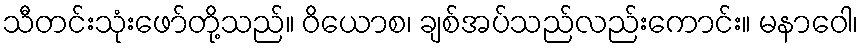
သီတင်းသုံးဖော်တို့သည်။ ဝိယောစ၊ ချစ်အပ်သည်လည်းကောင်း။ မနာဝေါ၊